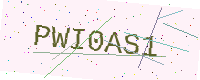
Text: PWI0AS1